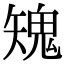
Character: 𩲶